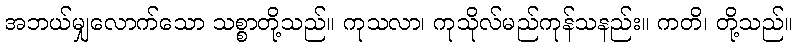
အဘယ်မျှလောက်သော သစ္စာတို့သည်။ ကုသလာ၊ ကုသိုလ်မည်ကုန်သနည်း။ ကတိ၊ တို့သည်။